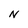
Character: N